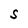
Character: S